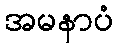
အမနာပံ